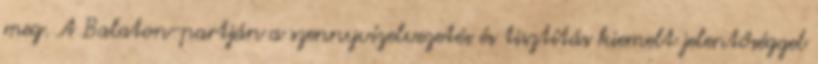
meg. A Balaton-partján a szennyvízelvezetés és tisztítás kiemelt jelentőséggel